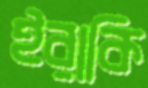
ইরাকি